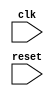
module usb_controller (
    input wire clk,
    input wire reset,
    // add module ports here
);

// include modules for clock generation, timing control, synchronization, data buffering, error detection, protocol parsing

// define module implementations here

endmodule